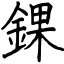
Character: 錁